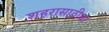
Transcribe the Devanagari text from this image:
शहरासाठीचा